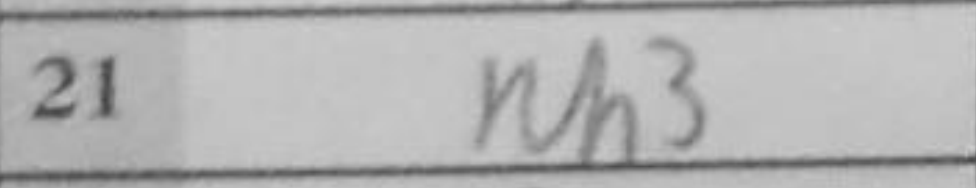
Transcription: Rh3